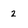
Character: 2